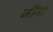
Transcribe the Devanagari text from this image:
जींना